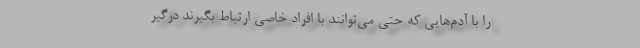
را با آدم‌هایی که حتی می‌توانند با افراد خاصی ارتباط بگیرند درگیر